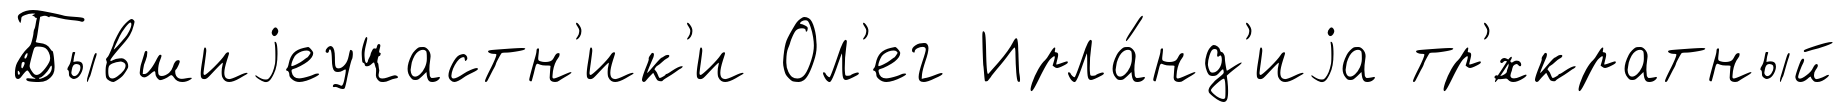
Бывшиjеучастн'ик'и Ол'ег Ирла́нд'иjа тр'́хкратный